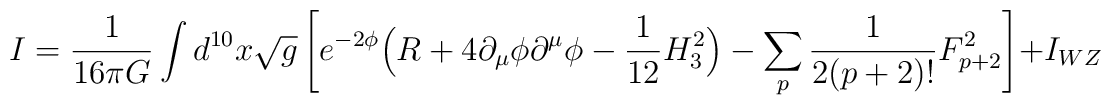
I = \frac{1}{16\pi G} \int d^{10} x \sqrt{g} \left[e^{-2\phi} \Big(  R + 4 \partial_\mu \phi \partial^\mu \phi -\frac{1}{12} H_3^2 \Big) - \sum_p \frac{1}{2 (p+2)!} F_{p+2}^2\right] + I_{WZ}